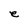
Character: e